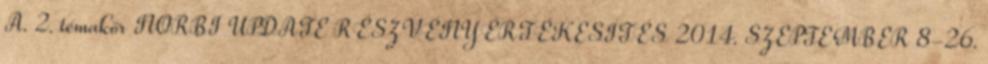
A. 2. témakör NORBI UPDATE RÉSZVÉNYÉRTÉKESÍTÉS 2014. SZEPTEMBER 8-26.